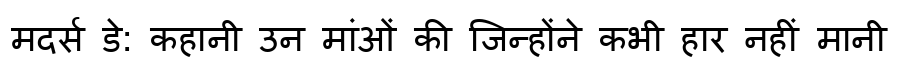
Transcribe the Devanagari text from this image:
मदर्स डे: कहानी उन मांओं की जिन्होंने कभी हार नहीं मानी